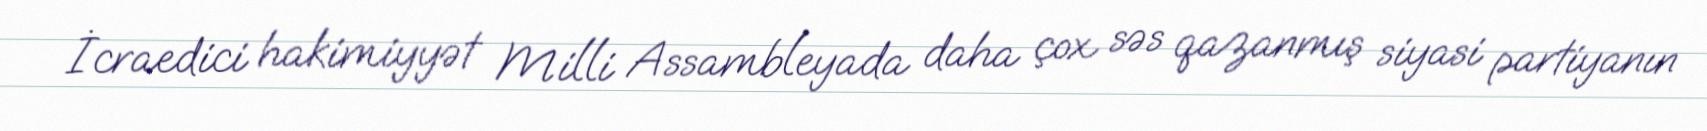
İcraedici hakimiyyət Milli Assambleyada daha çox səs qazanmış siyasi partiyanın